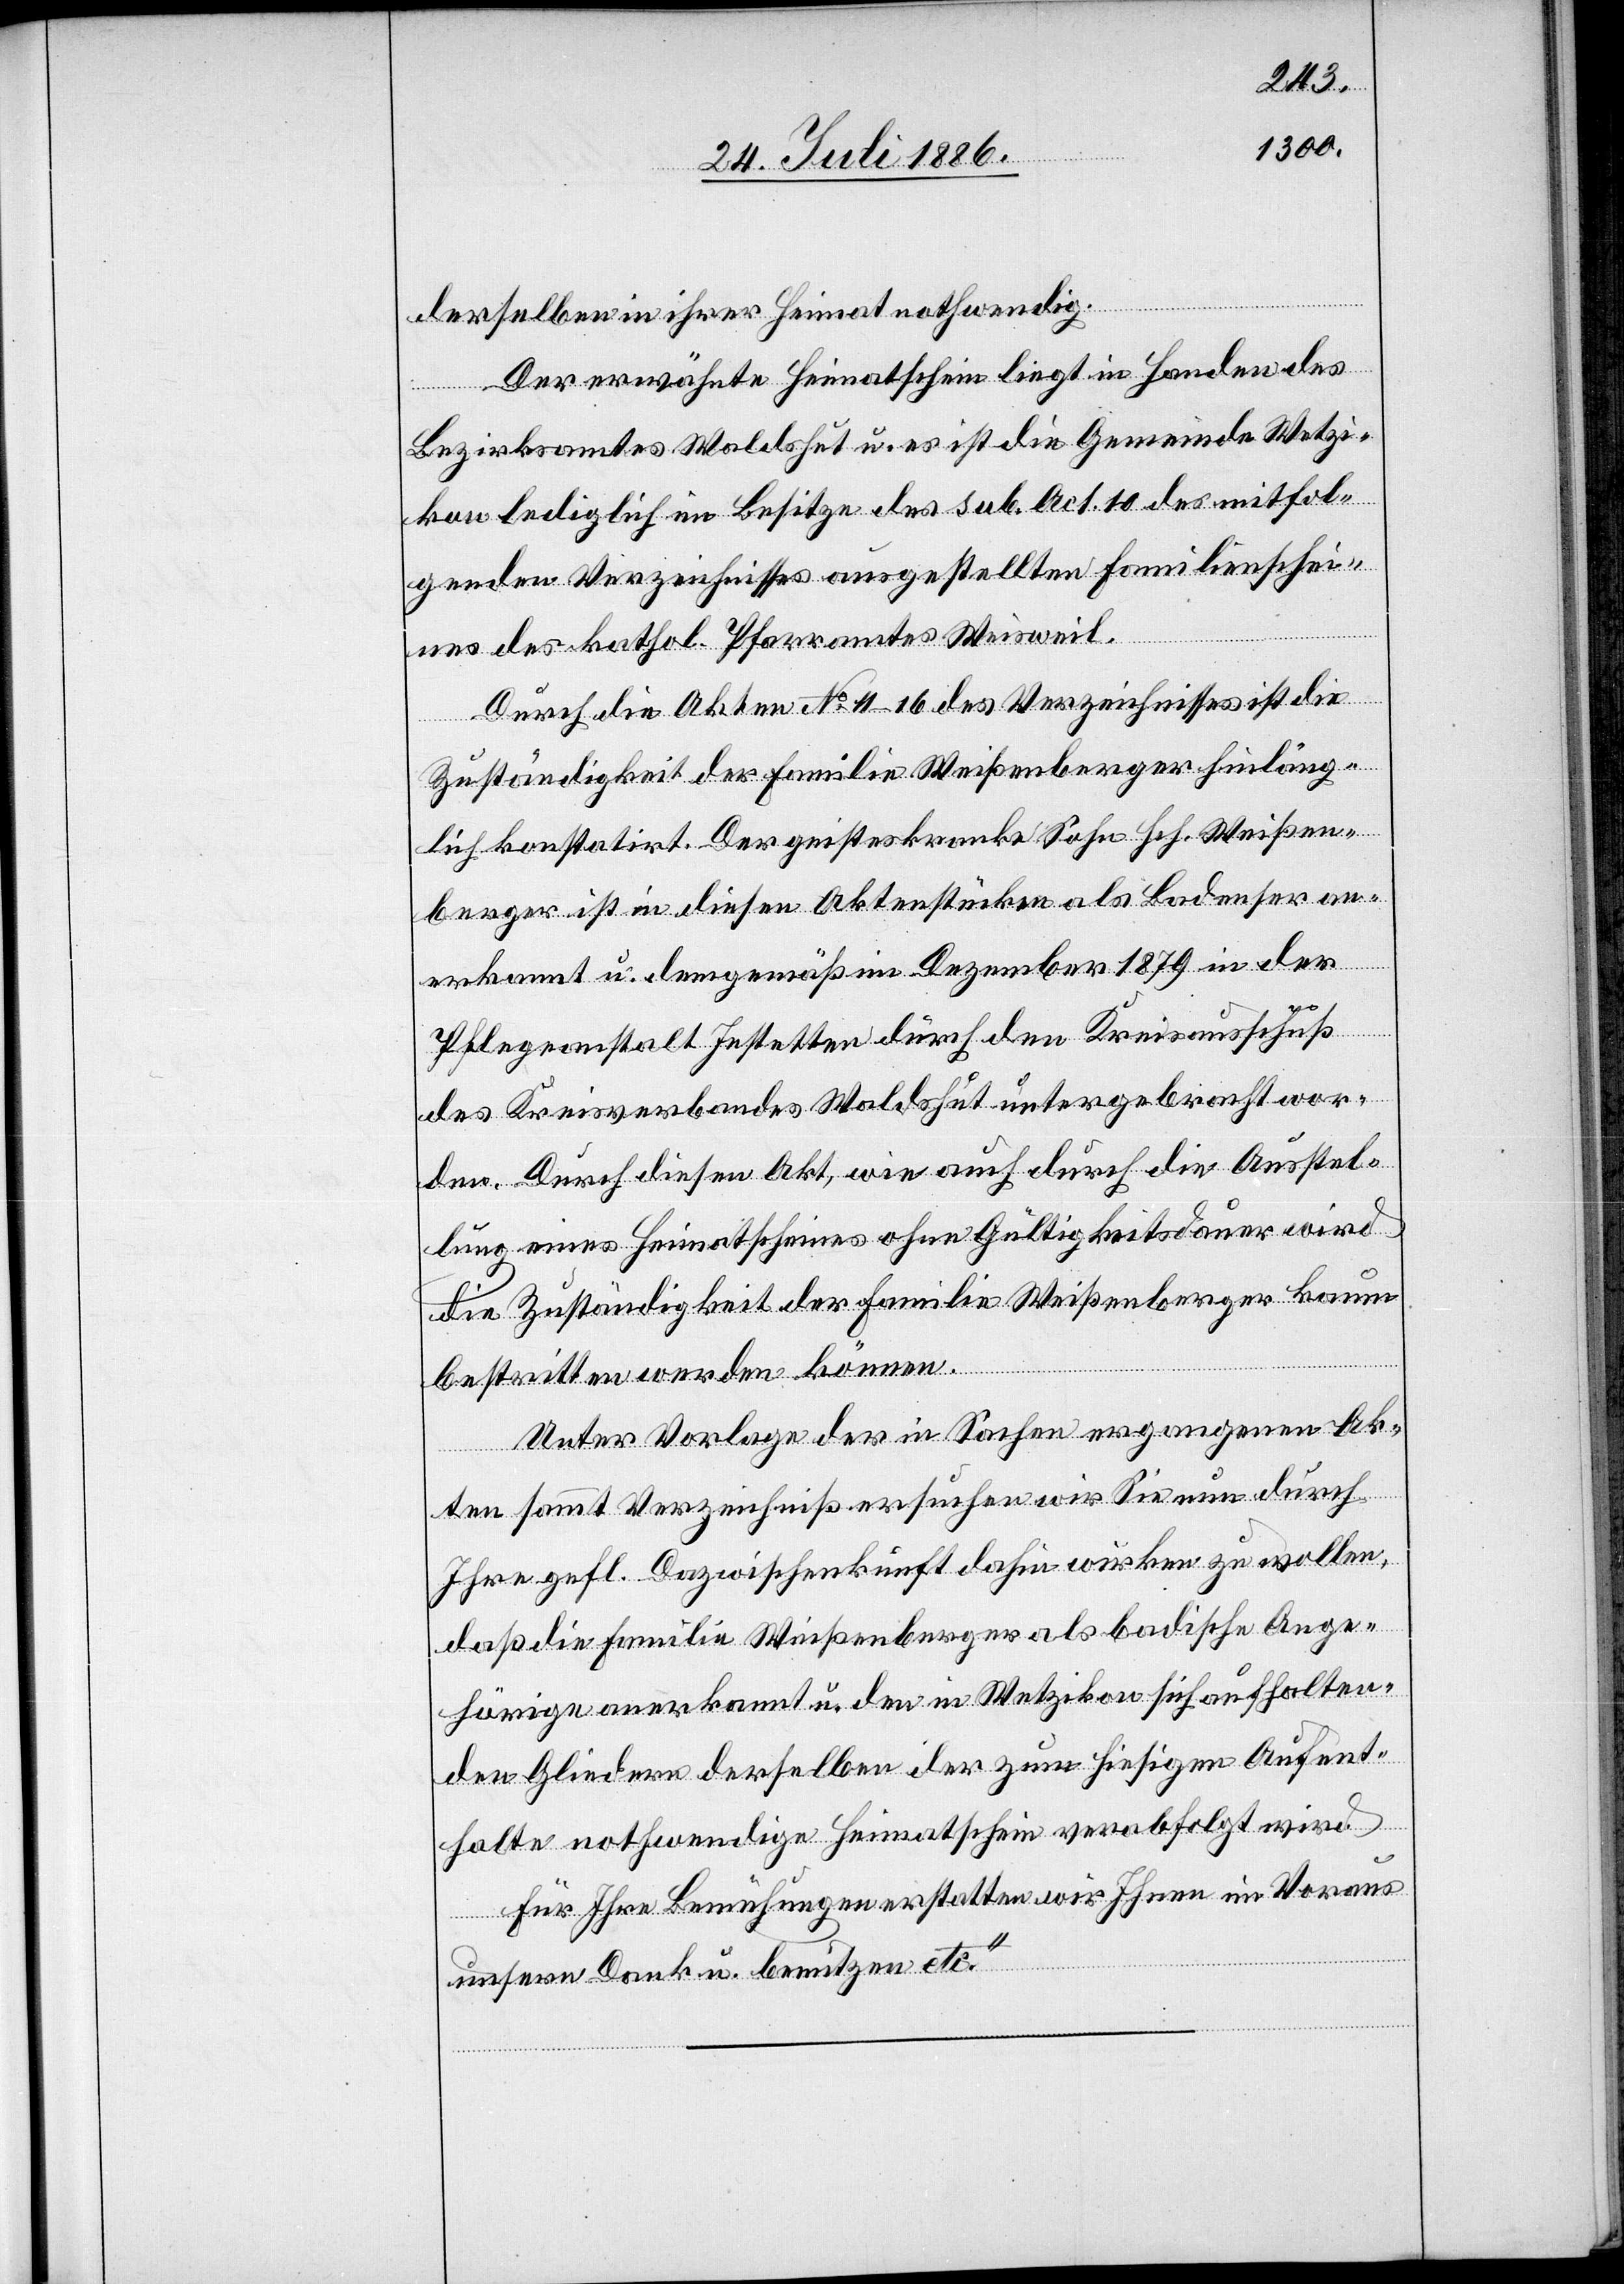
derselben in ihrer Heimat nothwendig.
Der erwähnte Heimatschein liegt in Handen des
Bezirksamtes Waldshut u. es ist die Gemeinde Wetzi¬
kon lediglich im Besitze des sub. Act. 10 des mitfol¬
genden Verzeichnisses ausgestellten Familienschei¬
nes des kathol. Pfarramtes Weisweil.
Durch die Akten No 11–16 des Verzeichnisses ist die
Zuständigkeit der Familie Weißenberger hinläng¬
lich konstatirt. Der geisteskranke Sohn Hch. Weißen¬
berger ist in diesen Aktenstücken als Badener an¬
erkannt u. demgemäß im Dezember 1879 in der
Pflegeanstalt Jestetten durch den Kreisausschuß
des Kreisverbandes Waldshut untergebracht wor¬
den. Durch diesen Akt, wie auch durch die Ausstel¬
lung eines Heimatscheines ohne Gültigkeitsdauer wird
die Zuständigkeit der Familie Weißenberger kaum
bestritten werden können.
Unter Vorlage der in Sachen ergangenen Ak¬
ten sammt Verzeichniß ersuchen wir Sie nun durch
Ihre gefl. Dazwischenkunft dahin wirken zu wollen,
daß die Familie Weißenberger als badische Ange¬
hörige anerkannt u. den in Wetzikon sich aufhalten¬
den Gliedern derselben der zum hiesigen Aufent¬
halte nothwendige Heimatschein verabfolgt wird.
Für Ihre Bemühungen erstatten wir Ihnen im Voraus
unsern Dank u. benützen etc.“